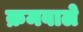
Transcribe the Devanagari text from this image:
क्रमवाले